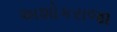
અશોકરાજા